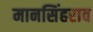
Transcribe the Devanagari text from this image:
मानसिंहराव